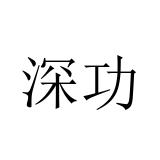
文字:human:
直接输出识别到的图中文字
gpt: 深功